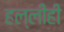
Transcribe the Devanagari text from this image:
हल्लीही